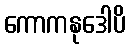
ကောကနုဒေါပိ